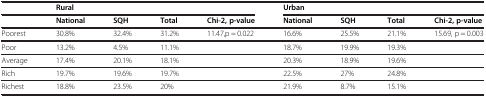
|  | <COLSPAN=4> Rural | <COLSPAN=4> Urban |
 |  | National | SQH | Total | Chi-2, p-value | National | SQH | Total | Chi-2, p-value |
 | --- | --- | --- | --- | --- | --- | --- | --- | --- |
 | Poorest | 30.8% | 32.4% | 31.2% | 11.47,p = 0.022 | 16.6% | 25.5% | 21.1% | 15.69, p = 0.003 |
 | Poor | 13.2% | 4.5% | 11.1% |  | 18.7% | 19.9% | 19.3% |  |
 | Average | 17.4% | 20.1% | 18.1% |  | 20.3% | 18.9% | 19.6% |  |
 | Rich | 19.7% | 19.6% | 19.7% |  | 22.5% | 27% | 24.8% |  |
 | Richest | 18.8% | 23.5% | 20% |  | 21.9% | 8.7% | 15.1% |  |